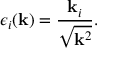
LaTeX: \epsilon _ { i } ( { \bf k } ) = \frac { { \bf k } _ { i } } { \sqrt { { \bf k } ^ { 2 } } } .